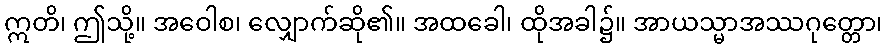
ဣတိ၊ ဤသို့။ အဝေါစ၊ လျှောက်ဆို၏။ အထခေါ၊ ထိုအခါ၌။ အာယသ္မာအဿဂုတ္တော၊